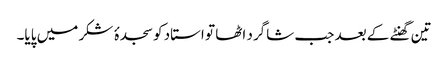
تین گھنٹے کے بعد جب شاگرد اٹھا تو استاد کو سجدۂ شکر میں پایا۔